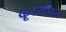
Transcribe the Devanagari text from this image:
कूटरचित